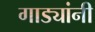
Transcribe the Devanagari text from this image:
गाड्यांनी